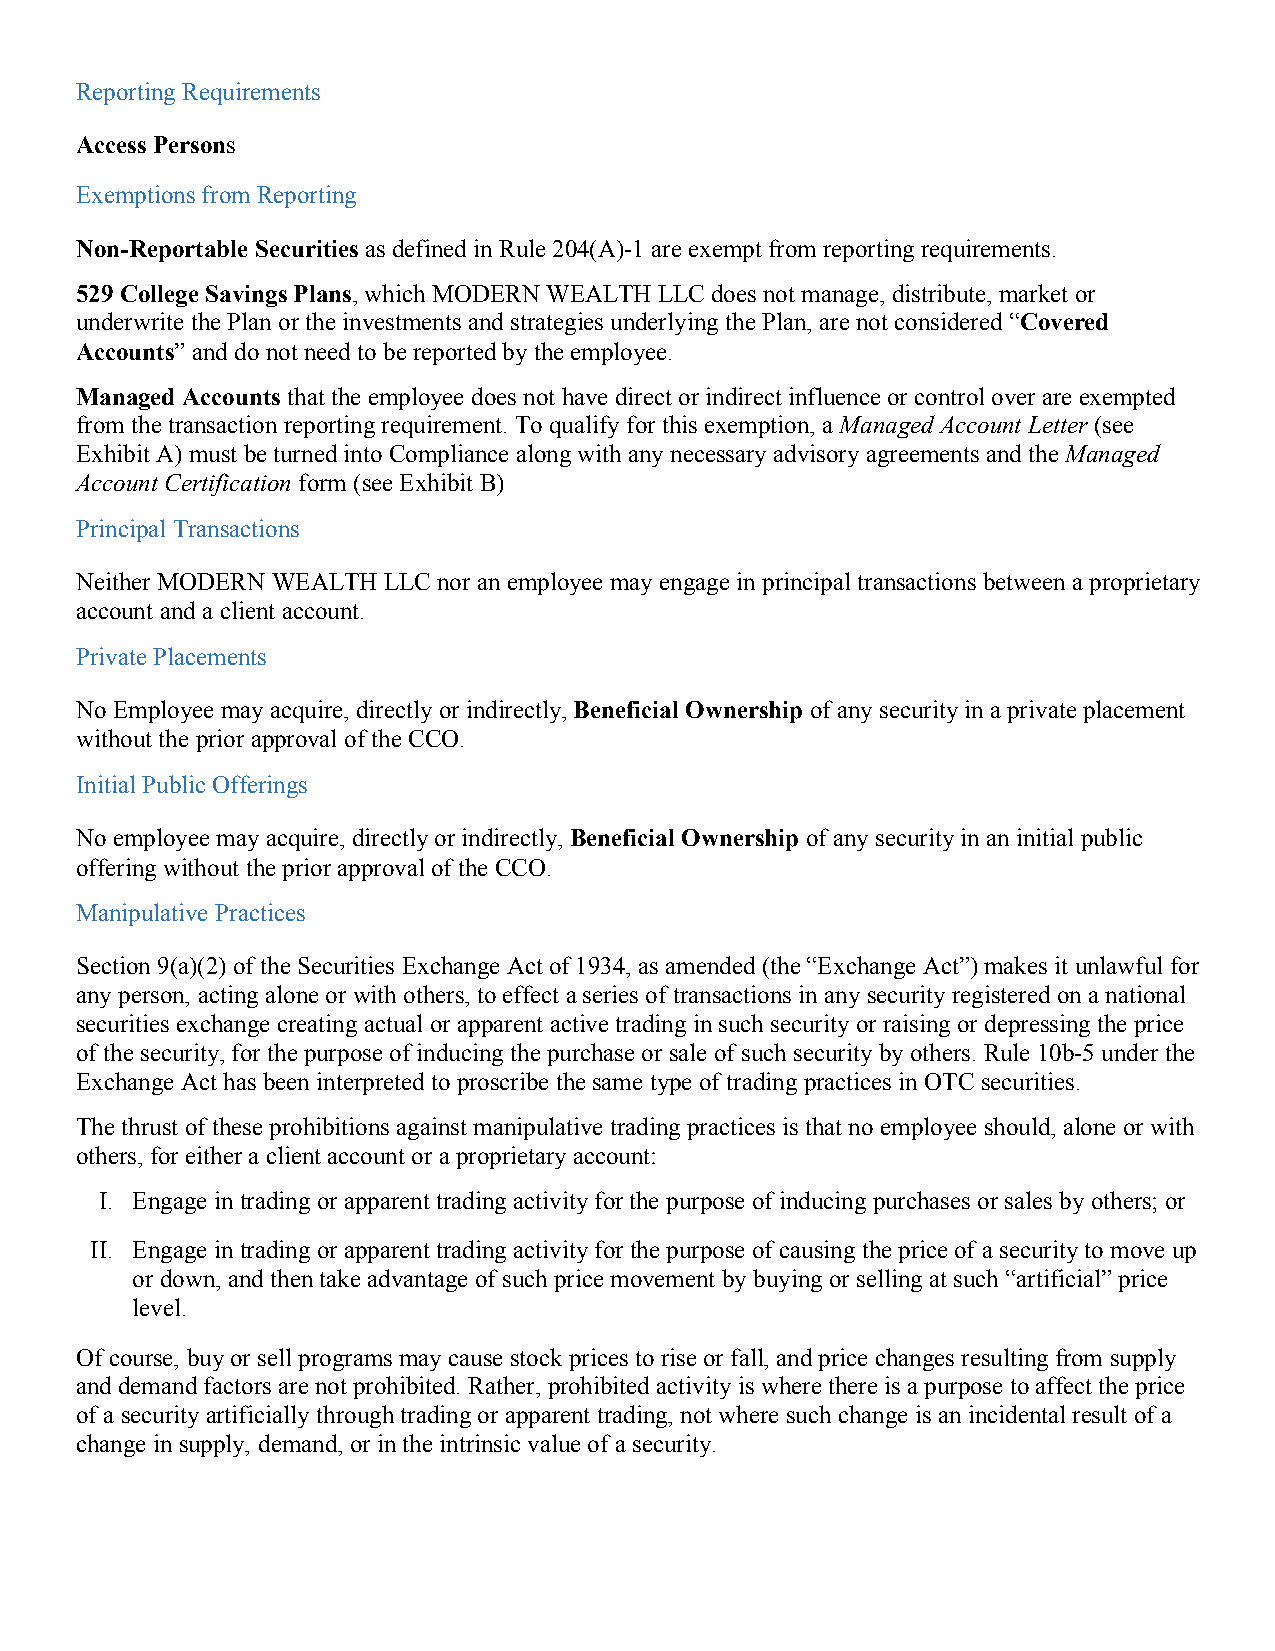
Reporting Requirements
 Access Persons
 Exemptions from Reporting
 Non-Reportable Securities as defined in Rule 204(A)-1 are exempt from reporting requirements.
 529 College Savings Plans, which MODERN WEALTH LLC does not manage, distribute, market or
 underwrite the Plan or the investments and strategies underlying the Plan, are not considered “Covered
 Accounts” and do not need to be reported by the employee.
 Managed Accounts that the employee does not have direct or indirect influence or control over are exempted
 from the transaction reporting requirement. To qualify for this exemption, a Managed Account Letter (see
 Exhibit A) must be turned into Compliance along with any necessary advisory agreements and the Managed
 Account Certification form (see Exhibit B)
 Principal Transactions
 Neither MODERN WEALTH LLC nor an employee may engage in principal transactions between a proprietary
 account and a client account.
 Private Placements
 No Employee may acquire, directly or indirectly, Beneficial Ownership of any security in a private placement
 without the prior approval of the CCO.
 Initial Public Offerings
 No employee may acquire, directly or indirectly, Beneficial Ownership of any security in an initial public
 offering without the prior approval of the CCO.
 Manipulative Practices
 Section 9(a)(2) of the Securities Exchange Act of 1934, as amended (the “Exchange Act”) makes it unlawful for
 any person, acting alone or with others, to effect a series of transactions in any security registered on a national
 securities exchange creating actual or apparent active trading in such security or raising or depressing the price
 of the security, for the purpose of inducing the purchase or sale of such security by others. Rule 10b-5 under the
 Exchange Act has been interpreted to proscribe the same type of trading practices in OTC securities.
 The thrust of these prohibitions against manipulative trading practices is that no employee should, alone or with
 others, for either a client account or a proprietary account:
 I. Engage in trading or apparent trading activity for the purpose of inducing purchases or sales by others; or
 II. Engage in trading or apparent trading activity for the purpose of causing the price of a security to move up
 or down, and then take advantage of such price movement by buying or selling at such “artificial” price
 level.
 Of course, buy or sell programs may cause stock prices to rise or fall, and price changes resulting from supply
 and demand factors are not prohibited. Rather, prohibited activity is where there is a purpose to affect the price
 of a security artificially through trading or apparent trading, not where such change is an incidental result of a
 change in supply, demand, or in the intrinsic value of a security.